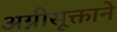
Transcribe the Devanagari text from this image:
अग्नीसूक्ताने